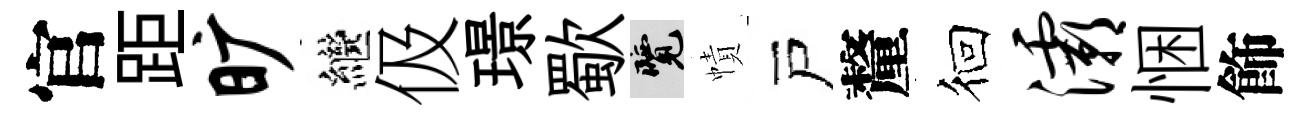
官距旷繼伋璟歜覽幘戸釐徊灞悃飾